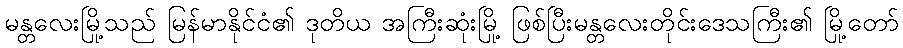
မန္တလေးမြို့သည် မြန်မာနိုင်ငံ၏ ဒုတိယ အကြီးဆုံးမြို့ ဖြစ်ပြီးမန္တလေးတိုင်းဒေသကြီး၏ မြို့တော်